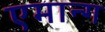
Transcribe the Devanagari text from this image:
एमान्ग